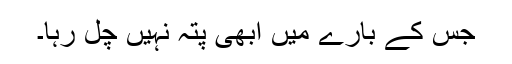
جس کے بارے میں ابھی پتہ نہیں چل رہا۔